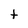
Character: t